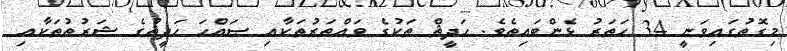
މިގޮތުގައިވަނީ 34 ހަތަރު ޅެންބައިތެވެ. ޙަދީޘް ތަކުގެ ވައްތަރުތަކާއި ޞައްޙަ ޙަދީޘުގެ ޝަރުޠުތަކާއި